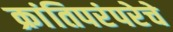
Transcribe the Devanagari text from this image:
क्रांतिपरंपरेचे